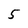
Character: 5